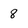
Character: 8